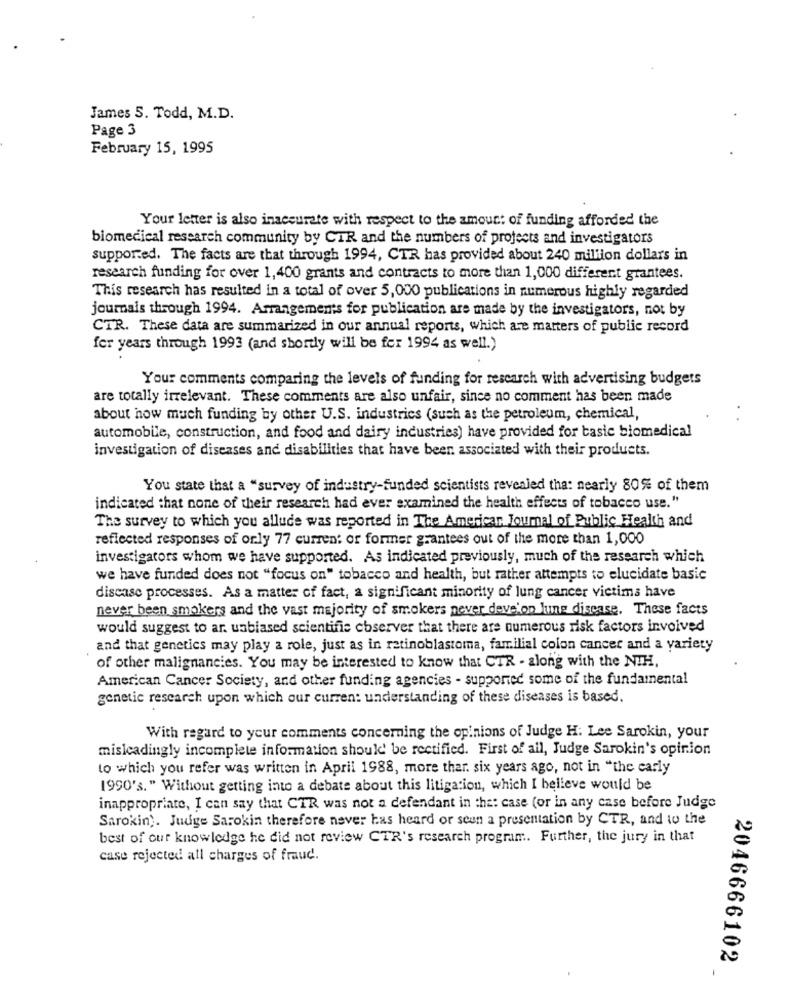
James 5. Todd, M.D.
Page 3
February 15, 1995
Your letter is also inaccurate with respect to the amount of funding afforded the
biomedical research community by CIR and the numbers of projects and investigators
supported. The facts are that through 1994, CTR has provided about 240 million dollars in
research funding for over 1,400 grants and contracts to more than 1,000 different grantees.
This research has resulted in a total of over 5,000 publications in numerous highly regarded
journais through 1994. Arrangements for publication are made by the investigators, not by
CTR. These data are summarized in our annual reports, which are matters of public record
for years through 1993 (and shortly will be fer 1994 as well.)
Your comments comparing the levels of funding for research with advertising budgets
are totally irrelevant. These comments are also unfair, since no comment has been made
about how much funding by other U.S. industrics (such as the petroleum, chemical,
automobile, construction, and food and dairy industries) have provided for basic biomedical
investigation of diseases and disabilities that have been associated with their products.
You state that a "survey of industry-funded scientists revealed tha: nearly 80%% of them
indicated that none of their research had ever examined the health effects of tobacco use."
The survey to which you allude was reported in The American Journal of Public Health and
reflected responses of orly 77 current or former grantees out of the more than 1,000
investigators whom we have supported. As indicated previously, much of the research which
we have funded does not "focus on" tobacco and health, but rather attempts to elucidate basic
discase processes. As a matter of fact, a significant minority of lung cancer victima have
never been smokers and the vast majority of smokers never deve'on lune discase. These facts
would suggest to ar. unbiased scientific observer that there are numerous risk factors involved
and that genetics may play a role, just as in retinoblastoma, familial colon cancer and a variety
of other malignancies. You may be interested to know that CTR - along with the NIH,
American Cancer Society, and other funding agencies - supported some of the fundamental
genetic research upon which our curren: understanding of these diseases is based.
With regard to your comments concerning the opinions of Judge H: Lee Sarokin, your
misleadingly incomplete information should' be rectified. First of all, Judge Sarokin's opinion
to which you refer was written in April 1988, more than six years ago, not in "the early
1990's. " Without getting into a debate about this litigation, which I believe would be
inappropriate, I can say that CTR was not a defendant in the: case (or in any case before Judge
Sarokin). Judge Sarokin therefore never has heard or seen a presentation by CTR, and to the
best of our knowledge he did not review CTR's research program. Further, the jury in that
case rejected all charges of fraud.
2046666102